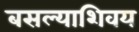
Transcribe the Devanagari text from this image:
बसल्याशिवय